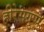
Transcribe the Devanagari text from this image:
हीरेसग्रुप्पे